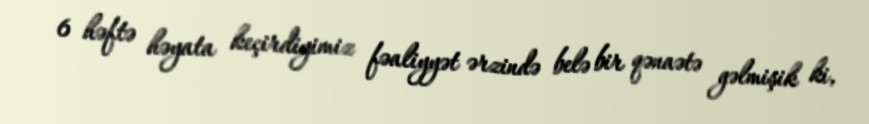
6 həftə həyata keçirdiyimiz fəaliyyət ərzində belə bir qənaətə gəlmişik ki,